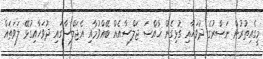
މީގެއިތުރުން ނަޞްރުގެ ދުވަހާއި ގުޅިގެން ޚާއްޞަ ޖަލްސާއެއް ބޭއްވުމާއި އެޖަލްސާގައި ދުވަހާއިގުޅޭ ލަވަތައް